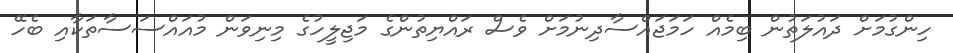
ހިންގުމަށް ދައުލަތުން ބިމެއް ހަމަޖައްސާދިނުމަށް ވެސް ރައްޔިތުންގެ މަޖިލީހުގެ މިނިވަން މުއައްސަސާތަކާއި ބެހޭ